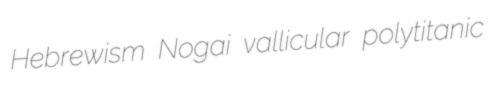
Hebrewism Nogai vallicular polytitanic